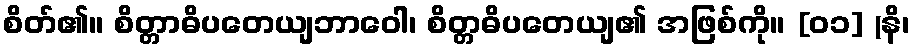
စိတ်၏။ စိတ္တာဓိပတေယျဘာဝေါ၊ စိတ္တဓိပတေယျ၏ အဖြစ်ကို။ [၀၁] (နိ၊